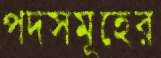
পদসমূহের